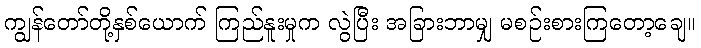
ကျွန်တော်တို့နှစ်ယောက် ကြည်နူးမှုက လွဲပြီး အခြားဘာမျှ မစဉ်းစားကြတော့ချေ။